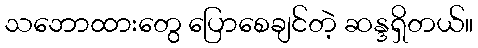
သဘောထားတွေ ပြောစေချင်တဲ့ ဆန္ဒရှိတယ်။